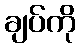
ချပ်ကို